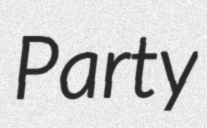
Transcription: Party